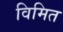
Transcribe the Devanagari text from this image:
विमित